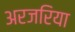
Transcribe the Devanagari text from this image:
अरजरिया